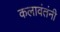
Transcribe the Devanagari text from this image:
कलावंतंनी